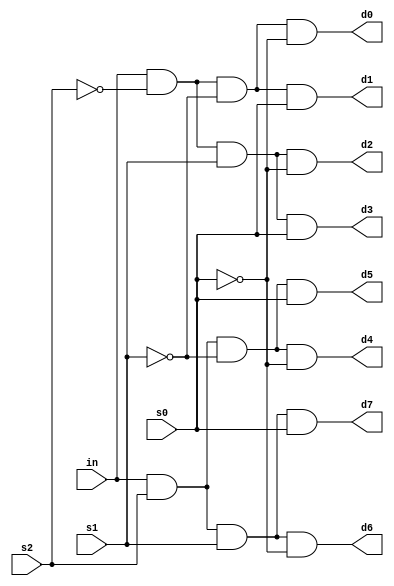
`timescale 1ns / 1ps
//////////////////////////////////////////////////////////////////////////////////
// Company: 
// Engineer: 
// 
// Design Name: 
// Module Name: Demux_8to1
// Project Name: 
// Target Devices: 
// Tool Versions: 
// Description: 
// 
// Dependencies: 
// 
// Revision:
// Revision 0.01 - File Created
// Additional Comments:
// 
//////////////////////////////////////////////////////////////////////////////////


module Demux_8to1(in,s0,s1,s2,d0,d1,d2,d3,d4,d5,d6,d7 );
input in,s0,s1,s2;
output d0,d1,d2,d3,d4,d5,d6,d7;
assign d0=(in & ~s2 & ~s1 &~s0),
d1=(in & ~s2 & ~s1 &s0),
d2=(in & ~s2 & s1 &~s0),
d3=(in & ~s2 & s1 &s0),
d4=(in & s2 & ~s1 &~s0),
d5=(in & s2 & ~s1 &s0),
d6=(in & s2 & s1 &~s0),
d7=(in & s2 & s1 &s0);
endmodule